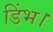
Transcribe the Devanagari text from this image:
डिंभ।